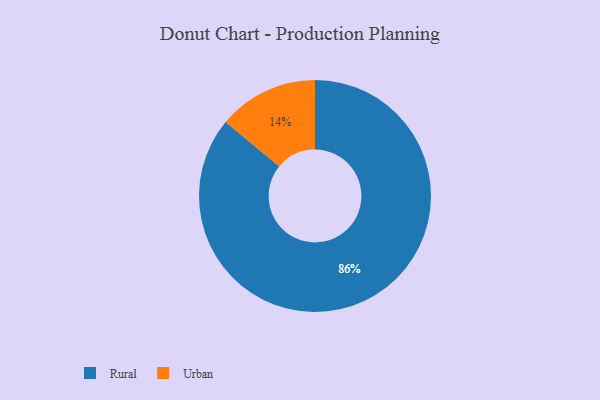
{"axis": {"x": "Category", "y": "Percentage"}, "legend": ["Rural", "Urban"], "data": [{"x": "Rural", "y": 86, "type": "Rural"}, {"x": "Urban", "y": 14, "type": "Urban"}]}